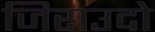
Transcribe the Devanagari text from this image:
जिराउदो